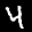
Label: 4